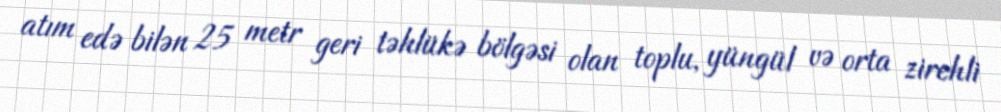
atım edə bilən 25 metr geri təhlükə bölgəsi olan toplu, yüngül və orta zirehli